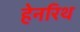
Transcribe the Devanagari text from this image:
हेनरिथ